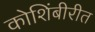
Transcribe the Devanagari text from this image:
कोशिंबीरीत